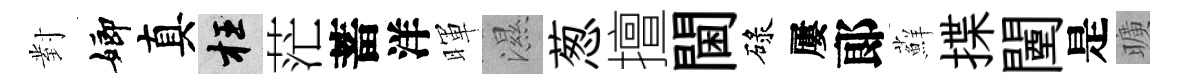
對嫏真枉茫蓄洋暉濕葱擅閫碌屢郞蘚揲闉是曠